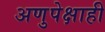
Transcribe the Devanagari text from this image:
अणुपेक्षाही